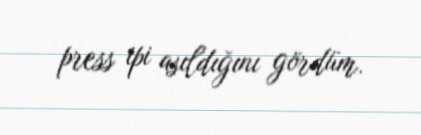
press ipi asıldığını gördüm.